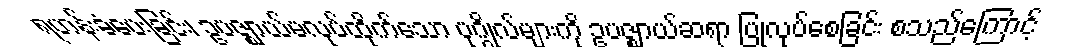
ရဟန်းခံပေးခြင်း၊ ဥပဇ္ဈာယ်မလုပ်ထိုက်သော ပုဂ္ဂိုလ်များကို ဥပဇ္ဈာယ်ဆရာ ပြုလုပ်စေခြင်း စသည်ကြောင့်